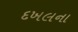
દખલના